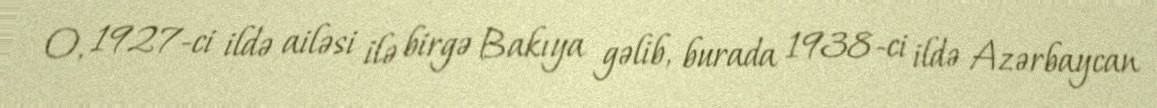
O, 1927-ci ildə ailəsi ilə birgə Bakıya gəlib, burada 1938-ci ildə Azərbaycan